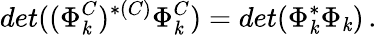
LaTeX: det((\Phi_{\mathit{k}}^{C})^{*(C)}\Phi_{\mathit{k}}^{C})=det(\Phi_{\mathit{k}}^{*}\Phi_{\mathit{k}})\, .